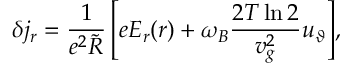
\delta j _ { r } = \frac { 1 } { e ^ { 2 } \tilde { R } } \left[ e E _ { r } ( r ) + \omega _ { B } \frac { 2 T \ln 2 } { v _ { g } ^ { 2 } } u _ { \vartheta } \right] \! ,